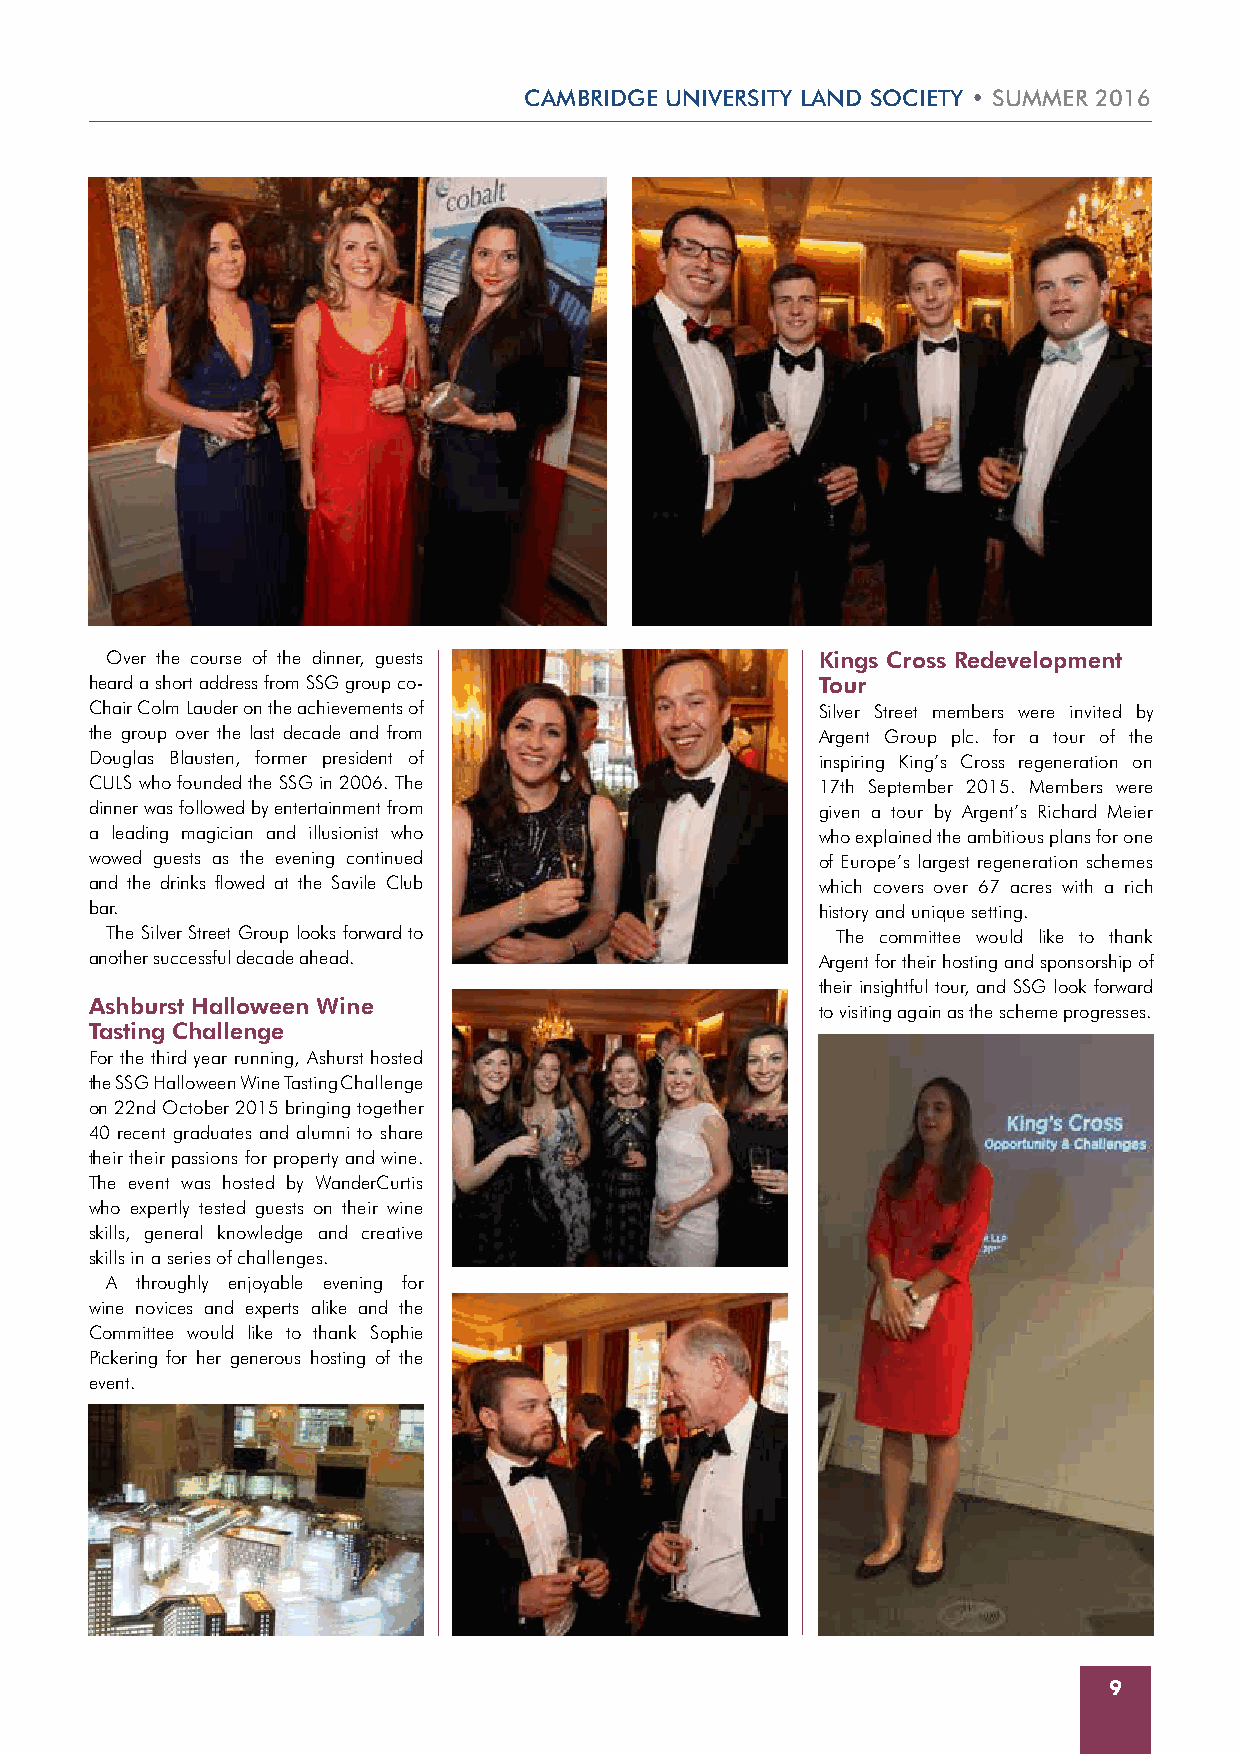
CAMBRIDGE UNIVERSITy LAND SOCIETy • SUMMER 2016
 Over the course of the dinner, guests          Kings Cross Redevelopment
 heard a short address from SSG group co-        Tour
 Chair Colm Lauder on the achievements of        Silver Street members were invited by
 the group over the last decade and from         Argent Group plc. for a tour of the
 Douglas Blausten, former president of           inspiring King’s Cross regeneration on
 CULS who founded the SSG in 2006. The           17th September 2015. Members were
 dinner was followed by entertainment from       given a tour by Argent’s Richard Meier
 a leading magician and illusionist who          who explained the ambitious plans for one
 wowed guests as the evening continued           of Europe’s largest regeneration schemes
 and the drinks flowed at the Savile Club        which covers over 67 acres with a rich
 bar.                                            history and unique setting.
 The Silver Street Group looks forward to        The committee would like to thank
 another successful decade ahead.                Argent for their hosting and sponsorship of
 their insightful tour, and SSG look forward
 Ashburst Halloween Wine
 to visiting again as the scheme progresses.
 Tasting Challenge
 For the third year running, Ashurst hosted
 the SSG Halloween Wine Tasting Challenge
 on 22nd October 2015 bringing together
 40 recent graduates and alumni to share
 their their passions for property and wine.
 The event was hosted by WanderCurtis
 who expertly tested guests on their wine
 skills, general knowledge and creative
 skills in a series of challenges.
 A throughly enjoyable evening for
 wine novices and experts alike and the
 Committee would like to thank Sophie
 Pickering for her generous hosting of the
 event.
 9